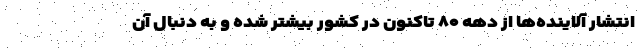
انتشار آلاینده‌ها از دهه ۸۰ تاکنون در کشور بیشتر شده و به‌ دنبال آن